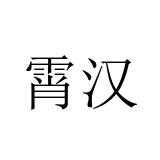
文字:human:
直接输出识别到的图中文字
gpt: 霄汉